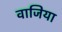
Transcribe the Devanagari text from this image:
वाजिया